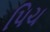
પિચ